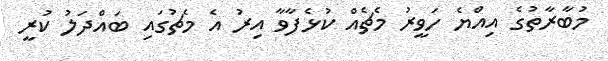
މުބާރާތުގެ އިއްޔެ ހަވީރު މެޗެއް ކުޅެފާވާ އިރު އެ މެޗުގައި ބައްދަލު ކުރީ